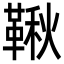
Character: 鞦